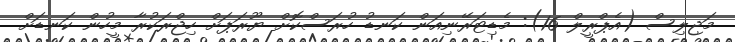
މަޖިލިސް (އެޕްރީލް 16): މެޑިޓަރޭނިއަން ކަނޑު ހުރަސްކޮށް ޔޫރަޕަށް ހިޖްރަކުރާ މީހުން ކަނޑަށް